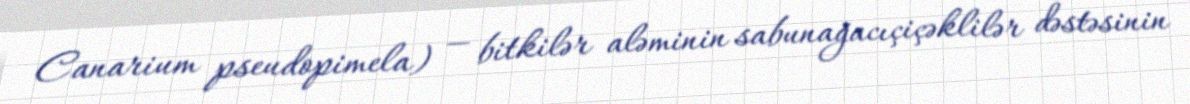
Canarium pseudopimela) — bitkilər aləminin sabunağacıçiçəklilər dəstəsinin